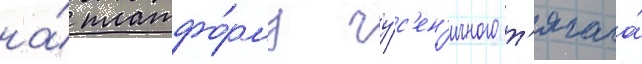
на́ платфо́рму гу́с'ен'ичного т'ягача́